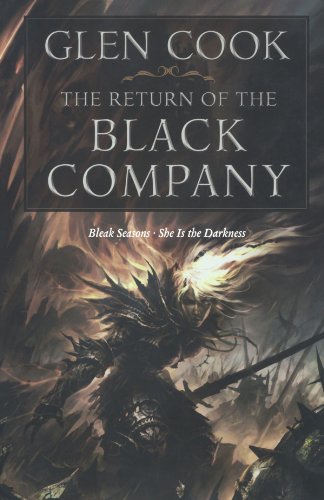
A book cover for The Return of the Black Company (Chronicles of The Black Company); Glen Cook; Science Fiction & Fantasy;